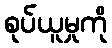
စုပ်ယူမှုကို